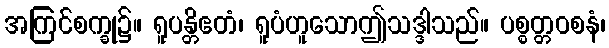
အကြင်စက္ခု၌။ ရူပန္တိဧတံ၊ ရူပံဟူသောဤသဒ္ဒါသည်။ ပစ္စတ္တဝစနံ၊